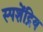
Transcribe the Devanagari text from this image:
स्पशेंद्रिय